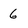
Character: 6